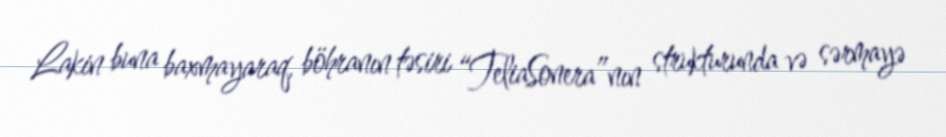
Lakin buna baxmayaraq, böhranın təsiri “TeliaSonera”nın strukturunda və sərmayə